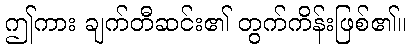
ဤကား ချက်တီဆင်း၏ တွက်ကိန်းဖြစ်၏။